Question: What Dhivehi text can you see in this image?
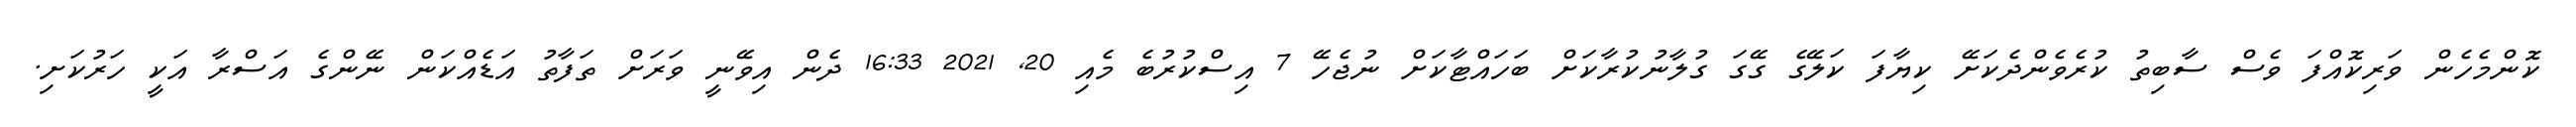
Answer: ކޮންމެހެން ވަރިކޮއްފަ ވެސް ސާބިތު ކުރެވެންދެކަށޭ ކިޔާފަ ކަލޭގެ ގޭގަ ގުލާނުކުރާކަށް ބަހައްޓާކަށް ނުޖެހޭ 7 އިސްކުރުބެ މެއި 20, 2021 16:33 ދެން އިވޭނީ ވަރަށް ތަފާތު އަޑެއްކަން ނޭންގެ އަސްރާ އަކީ ހަރުކަށި.